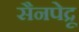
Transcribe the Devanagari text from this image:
सैनपेद्रू